Leaving Certificate Examination (including Day School Certificate (Higher) General paper), 1928
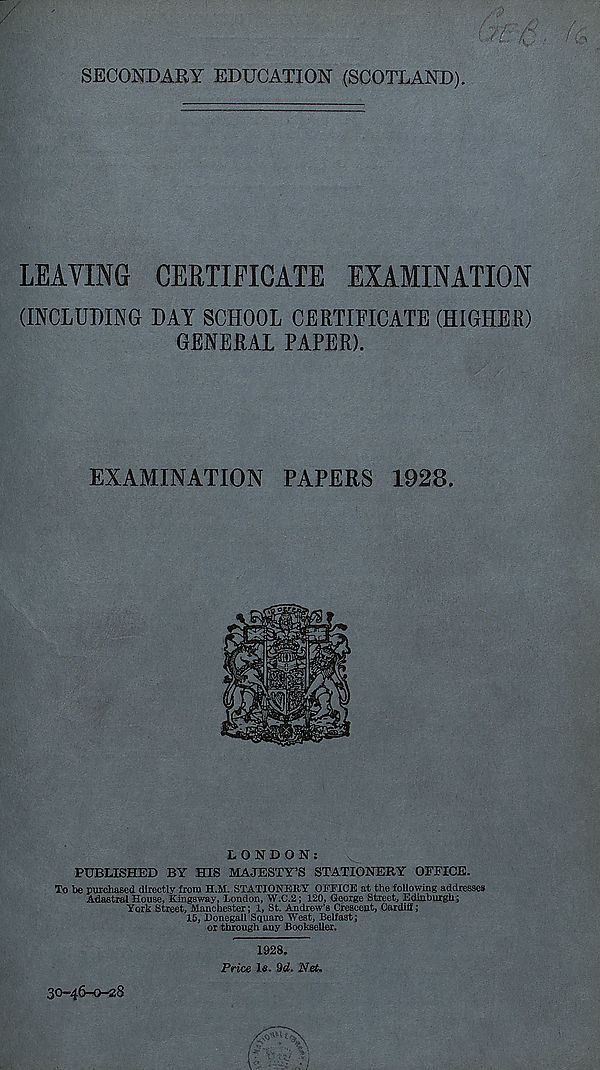
SECONDARY EDUCATION (SCOTLAND).
LEAVING CERTIFICATE EXAMINATION
(INCLUDING DAY SCHOOL CERTIFICATE (HIGHER)
GENERAL PAPER).
EXAMINATION PAPERS 1928.
LONDON:
PUBLISHED BY HIS MAJESTY’S STATIONERY OFFICE.
To be purchased directly from H.M. STATIONERY OFFICE at the following addresses
Adastral House, Kingsway, London, W.C.2; 120, George Street, Edinburgh;
York Street, Manchester; 1, St. Andrew’s Crescent, Cardiff;
15, Donegall Square West, Belfast;
or through any Bookseller.
1928.
Price Is. 9d. Net.
30-46-0-28